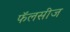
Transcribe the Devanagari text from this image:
फॅलसीज